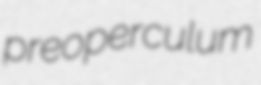
preoperculum